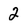
Character: 2